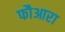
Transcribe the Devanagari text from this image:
फौआरा